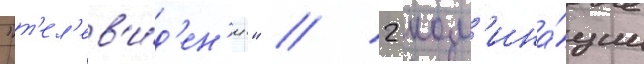
"т'ел'ев'и́д'ен'ие" // 2 ном'ина́ции